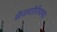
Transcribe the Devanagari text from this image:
सैनाटोरियम।